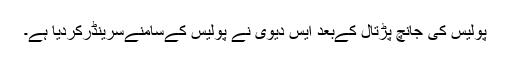
پولیس کی جانچ پڑتال کےبعد ایس دیوی نے پولیس کےسامنےسرینڈرکردیا ہے۔